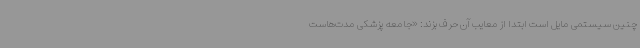
چنین سیستمی مایل است ابتدا از معایب آن حرف بزند: «جامعه پزشکی مدت‌هاست